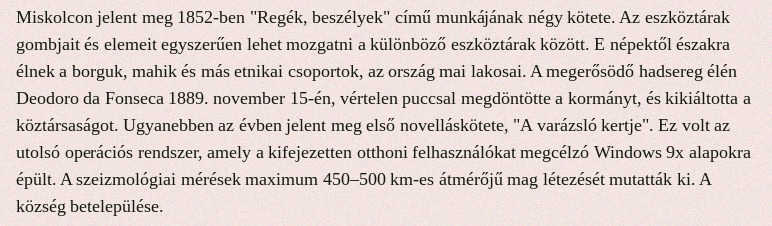
Miskolcon jelent meg 1852-ben "Regék, beszélyek" című munkájának négy kötete. Az eszköztárak gombjait és elemeit egyszerűen lehet mozgatni a különböző eszköztárak között. E népektől északra élnek a borguk, mahik és más etnikai csoportok, az ország mai lakosai. A megerősödő hadsereg élén Deodoro da Fonseca 1889. november 15-én, vértelen puccsal megdöntötte a kormányt, és kikiáltotta a köztársaságot. Ugyanebben az évben jelent meg első novelláskötete, "A varázsló kertje". Ez volt az utolsó operációs rendszer, amely a kifejezetten otthoni felhasználókat megcélzó Windows 9x alapokra épült. A szeizmológiai mérések maximum 450–500 km-es átmérőjű mag létezését mutatták ki. A község betelepülése.